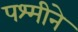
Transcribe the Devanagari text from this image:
पश्मीने